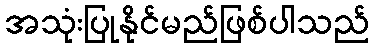
အသုံးပြုနိုင်မည်ဖြစ်ပါသည်